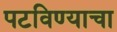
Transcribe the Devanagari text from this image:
पटविण्याचा